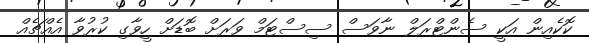
ކޮކެއިން އަކީ ސެންޓްރަލް ނާވަސް ސިސްޓަމް ވަރަށް ބޮޑަށް ހީވާގި ކުރުވާ އެއްޗެއް